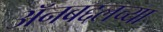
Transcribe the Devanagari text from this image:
अॅनबद्दलच्या